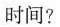
时间?